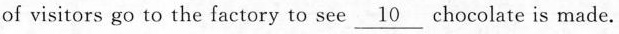
of visitors go to the factory to see \underline{10} chocolate is made.